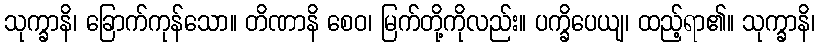
သုက္ခာနိ၊ ခြောက်ကုန်သော။ တိဏာနိ စေဝ၊ မြက်တို့ကိုလည်း။ ပက္ခိပေယျ၊ ထည့်ရာ၏။ သုက္ခာနိ၊